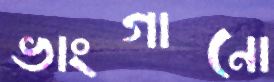
ভাংগানো